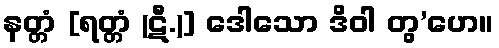
နတ္တံ [ရတ္တံ (ဋီ.)] ဒေါသော ဒိဝါ တွ’ဟေ။